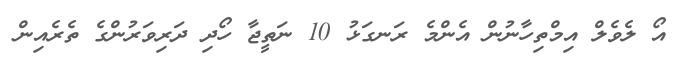
އޯ ލެވެލް އިމްތިހާނުން އެންމެ ރަނގަޅު 10 ނަތީޖާ ހޯދި ދަރިވަރުންގެ ތެރެއިން